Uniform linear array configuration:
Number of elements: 48
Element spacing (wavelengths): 0.75
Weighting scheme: exponential
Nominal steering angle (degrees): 15
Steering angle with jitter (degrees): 13.251
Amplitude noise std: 0.05
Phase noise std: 0.05

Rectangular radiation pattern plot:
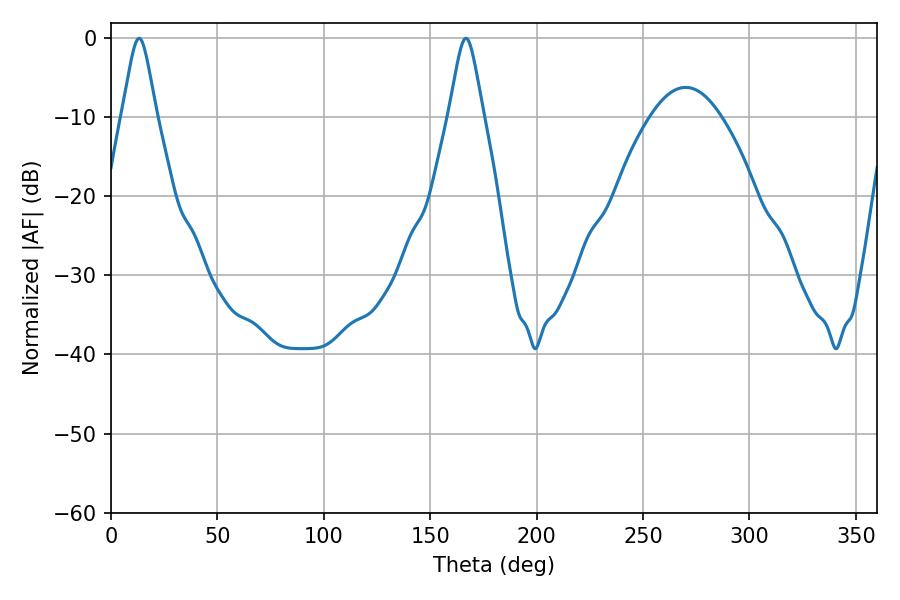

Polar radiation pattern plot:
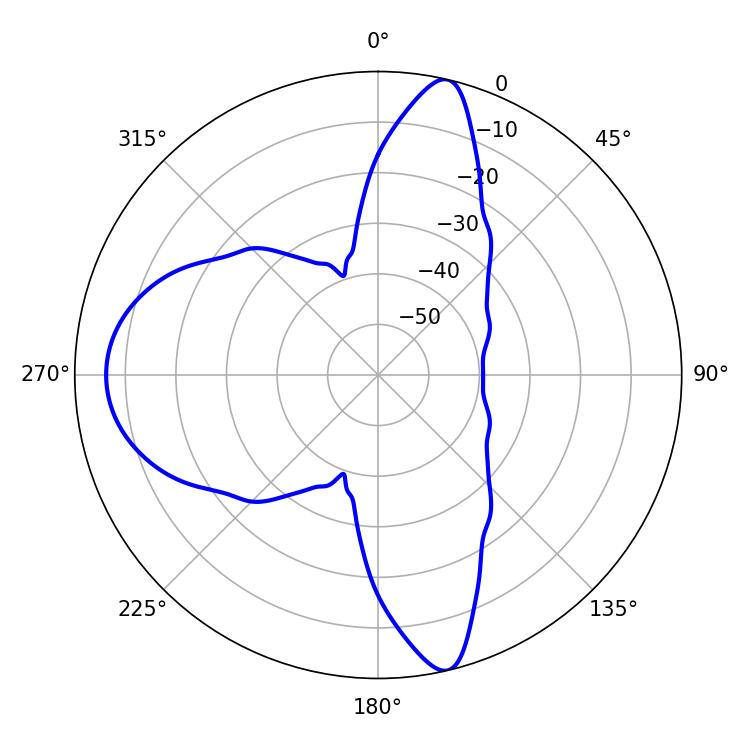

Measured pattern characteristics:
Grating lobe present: TRUE
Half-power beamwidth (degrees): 7.74
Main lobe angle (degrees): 13.14